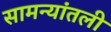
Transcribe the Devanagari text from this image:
सामन्यांतली